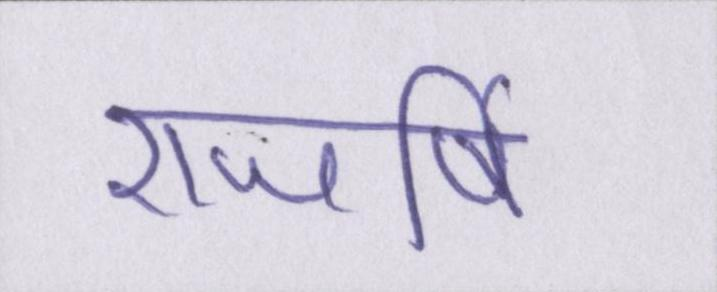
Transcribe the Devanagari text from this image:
राजर्षि